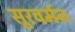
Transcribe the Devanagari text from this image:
सूरवर्मन